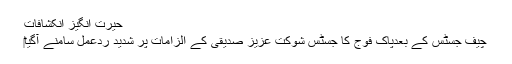
حیرت انگیز انکشافات
چیف جسٹس کے بعدپاک فوج کا جسٹس شوکت عزیز صدیقی کے الزامات پر شدید ردعمل سامنے آگیا‎